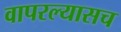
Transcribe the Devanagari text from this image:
वापरल्यासच